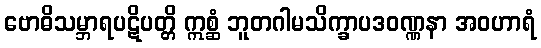
ဗောဓိသမ္ဘာရပဋိပတ္တိ ဣစ္ဆံ ဘူတဂါမသိက္ခာပဒဝဏ္ဏနာ အဝဟာရံ